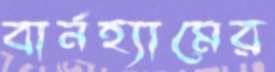
বার্নহ্যামের